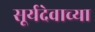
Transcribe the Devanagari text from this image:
सूर्यदेवाच्या